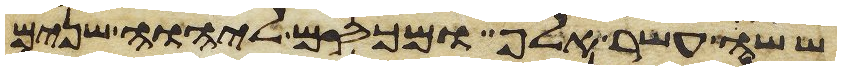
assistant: ששה עשר אלף ומכסם ליהוה שנים